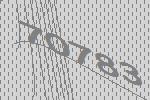
70783